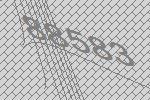
88583